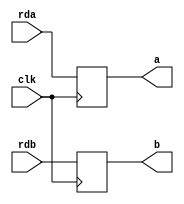

`timescale 1ns / 1ps

module a_b_register(rda, rdb, a, b, clk);
	input clk;
	input [31:0] rda, rdb;
	output  [31:0] a, b;
	reg [31:0] a,b;
	always @(posedge clk)
	begin
		 a <= rda;
		 b <= rdb;
	end

endmodule